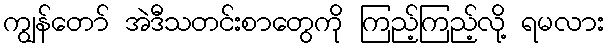
ကျွန်တော် အဲဒီသတင်းစာတွေကို ကြည့်ကြည့်လို့ ရမလား